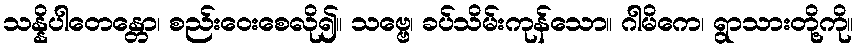
သန္နိပါတေန္တော၊ စည်းဝေးစေလို၍။ သဗ္ဗေ၊ ခပ်သိမ်းကုန်သော။ ဂါမိကေ၊ ရွာသားတို့ကို။